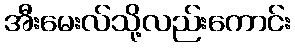
အီးမေးလ်သို့လည်းကောင်း